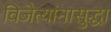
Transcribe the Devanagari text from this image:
विजेत्यांनासुद्धा